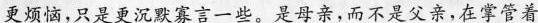
更烦恼,只是更沉默寡言一些。是母亲,而不是父亲,在掌管着